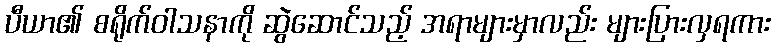
ပီယာ၏ စရိုက်ဝါသနာကို ဆွဲဆောင်သည့် အရာများမှာလည်း များပြားလှရကား